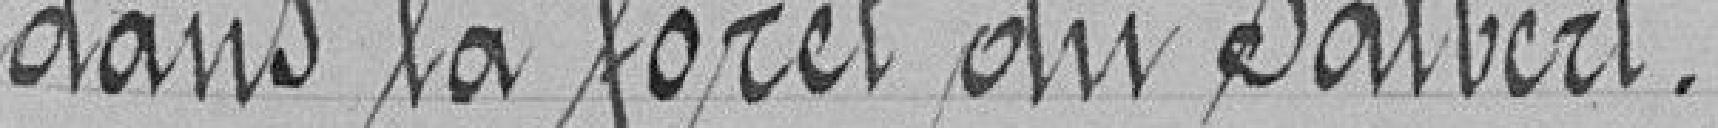
dans la forêt du Salbert.